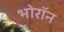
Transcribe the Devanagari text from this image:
भोरॉन